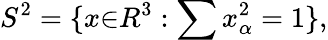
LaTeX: S^{2}=\{ x{\in}R^{3}:\sum x_{\alpha}^{2}=1\} ,